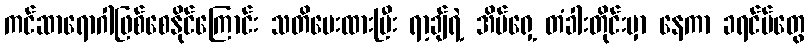
ကင်ဆာရောဂါဖြစ်စေနိုင်ကြောင်း သတိပေးထားပြီး ရာ့ချ်ရဲ့ အိမ်ရှေ့ တံခါးတိုင်းမှာ နေကာ ခရင်မ်တွေ